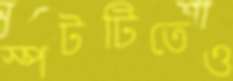
স্পটটিতেও